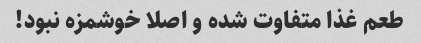
طعم غذا متفاوت شده و اصلا خوشمزه نبود!